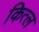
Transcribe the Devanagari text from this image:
कित्ल